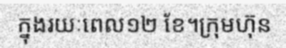
ក្នុងរយៈពេល១២ ខែ។ក្រុមហ៊ុន